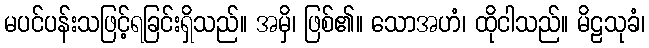
မပင်ပန်းသဖြင့်ရခြင်းရှိသည်။ အမှိ၊ ဖြစ်၏။ သောအဟံ၊ ထိုငါသည်။ မိဠသုခံ၊